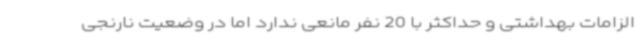
الزامات بهداشتی و حداکثر با 20 نفر مانعی ندارد اما در وضعیت نارنجی